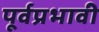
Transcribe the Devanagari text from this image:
पूर्वप्रभावी